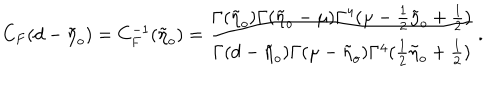
LaTeX: C _ { F } ( d - \tilde { \eta } _ { o } ) = C _ { F } ^ { - 1 } ( \tilde { \eta } _ { o } ) = \frac { \Gamma ( \tilde { \eta } _ { o } ) \Gamma ( \tilde { \eta } _ { o } - \mu ) \Gamma ^ { 4 } ( \mu - \frac { 1 } { 2 } \tilde { \eta } _ { o } + \frac { 1 } { 2 } ) } { \Gamma ( d - \tilde { \eta } _ { o } ) \Gamma ( \mu - \tilde { \eta } _ { o } ) \Gamma ^ { 4 } ( \frac { 1 } { 2 } \tilde { \eta } _ { o } + \frac { 1 } { 2 } ) } \, .